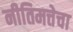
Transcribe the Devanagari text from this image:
नीतिमत्तेचा